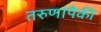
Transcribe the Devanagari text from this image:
तरुणांपैकी